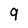
Character: 9